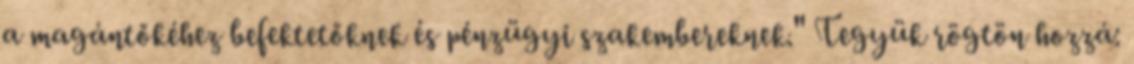
a magántőkéhez befektetőknek és pénzügyi szakembereknek." Tegyük rögtön hozzá: